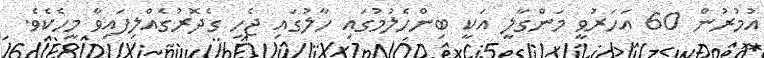
އުމުރުން 60 އަހަރުވީ މަންގާލީ އަކީ ބިންހެލުމުގައި ހާލުގައި ޖެހި ގެދޮރުގެއްލިފައިވާ މީހެކެވެ.